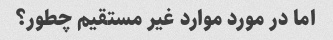
اما در مورد موارد غیر مستقیم چطور؟